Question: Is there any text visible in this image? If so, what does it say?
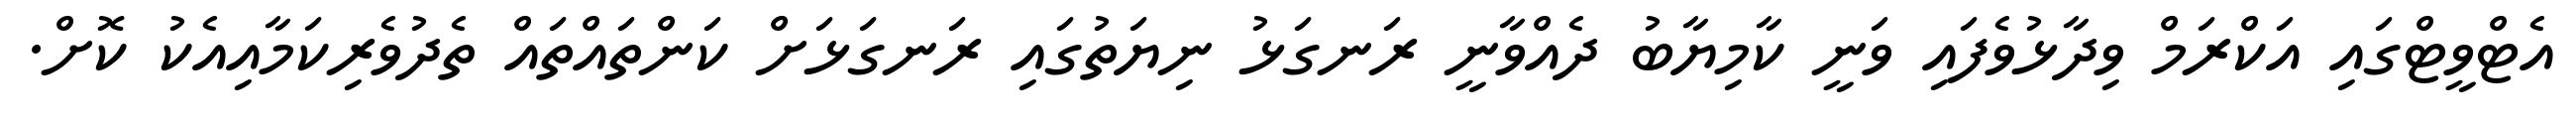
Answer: އެޓްވީޓްގައި އަކްރަމް ވިދާޅުވެފައި ވަނީ ކާމިޔާބު ދެއްވާނީ ރަނގަޅު ނިޔަތުގައި ރަނގަޅަށް ކަންތައްތައް ތެދުވެރިކަމާއިއެކު ކޮށް.